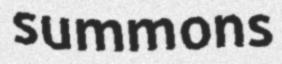
summons